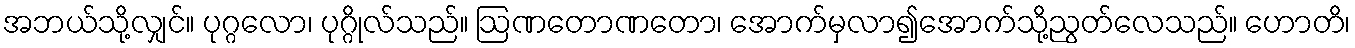
အဘယ်သို့လျှင်။ ပုဂ္ဂလော၊ ပုဂ္ဂိုလ်သည်။ ဩဏတောဏတော၊ အောက်မှလာ၍အောက်သို့ညွတ်လေသည်။ ဟောတိ၊